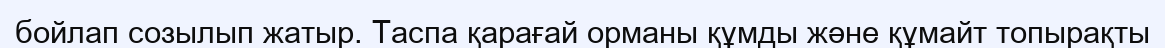
бойлап созылып жатыр. Таспа қарағай орманы құмды және құмайт топырақты